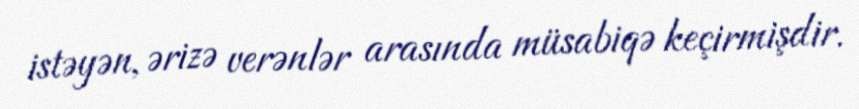
istəyən, ərizə verənlər arasında müsabiqə keçirmişdir.